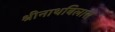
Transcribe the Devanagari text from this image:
श्रीनाथबिलास